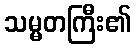
သမ္မတကြီး၏